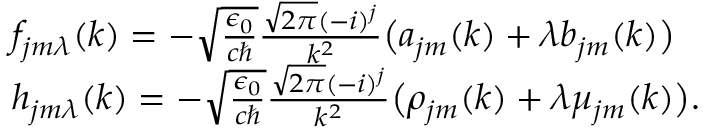
\begin{array} { r l } & { f _ { j m \lambda } ( k ) = - \sqrt { \frac { \epsilon _ { 0 } } { c \hbar } } \frac { \sqrt { 2 \pi } ( - i ) ^ { j } } { k ^ { 2 } } \big ( a _ { j m } ( k ) + \lambda b _ { j m } ( k ) \big ) } \\ & { h _ { j m \lambda } ( k ) = - \sqrt { \frac { \epsilon _ { 0 } } { c \hbar } } \frac { \sqrt { 2 \pi } ( - i ) ^ { j } } { k ^ { 2 } } \big ( \rho _ { j m } ( k ) + \lambda \mu _ { j m } ( k ) \big ) . } \end{array}